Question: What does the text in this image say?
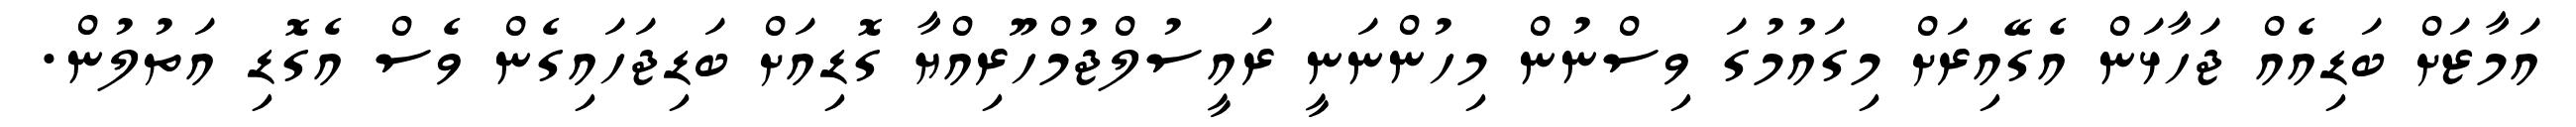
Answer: އަމާޒަށް ބަޑިއެއް ޖަހާޅަން އެގޭއިރަށް މިގައުމުގަ ވިސްނުން މިހުންނަނީ ރައީސުލްޖުމްހޫރިއްޔާ ގޮޑިއަށް ބަޑިޖަހައިގެން ވެސް އެގޮޑި އަތުލުން.